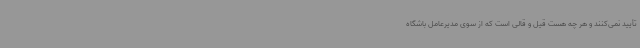
تأیید نمی‌کنند و هر چه هست قیل و قالی است که از سوی مدیرعامل باشگاه